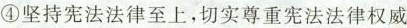
④坚持宪法法律至上，切实尊重宪法法律权威